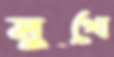
মুখো